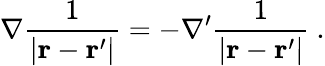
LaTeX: \nabla{\frac{1}{\left|\mathbf{r}-\mathbf{r}^{\prime}\right|}}=-\nabla^{\prime}{\frac{1}{\left|\mathbf{r}-\mathbf{r}^{\prime}\right|}}\ .